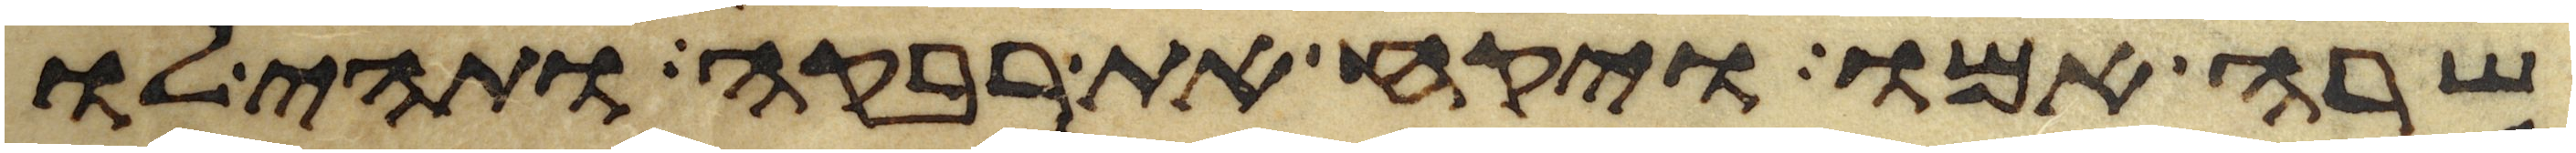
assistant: שרה אמו ויקח את רבקה ותהי לו